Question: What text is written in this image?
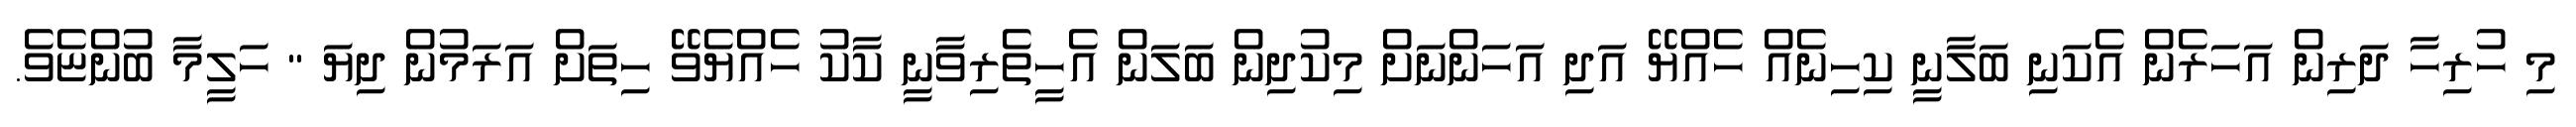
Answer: މި ހުރިހާ ދަރިން އަހަރެން އެކަނި ބަލާނީ ކިހިނެއް ހެއްޔޭ އަދި އަހަންނަށް މިކުދިން ބަލަން އެހީތެރިވާނީ ކާކު ހެއްޔެވޭ ހިތަށް އަރަމުން ދިޔަ " ހަލީމާ ބުންޏެވެ.